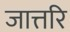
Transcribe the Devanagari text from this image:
जात्तरि